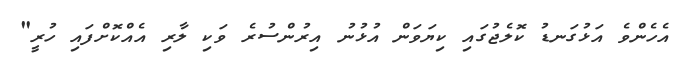
އެހެންވެ އަޅުގަނޑު ކޮލެޖުގައި ކިޔަވަން އުޅުނު އިރުންސުރެ ވަކި ލާރި އެއްކޮށްފައި ހުރީ"